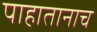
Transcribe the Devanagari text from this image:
पाहातानाच